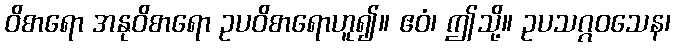
ဝိစာရော အနုဝိစာရော ဥပဝိစာရောဟူ၍။ ဧဝံ၊ ဤသို့။ ဥပသဂ္ဂဝသေန၊